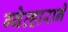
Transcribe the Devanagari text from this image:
ग्वेव्हाराने